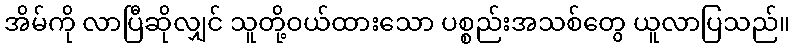
အိမ်ကို လာပြီဆိုလျှင် သူတို့ဝယ်ထားသော ပစ္စည်းအသစ်တွေ ယူလာပြသည်။